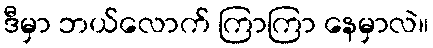
ဒီမှာ ဘယ်လောက် ကြာကြာ နေမှာလဲ။